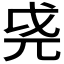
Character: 𫵐